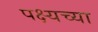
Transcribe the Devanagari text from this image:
पक्ष्यच्या